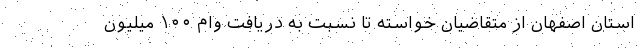
استان اصفهان از متقاضیان خواسته تا نسبت به دریافت وام ۱۰۰ میلیون